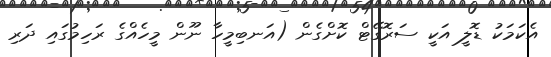
އެކަމަކު ޑޮލީ އަކީ ސަރޮގޭޓް ކޮށްގެން (އަނބިމީހާ ނޫން މީހެއްގެ ރަހިމުގައި ދަރި